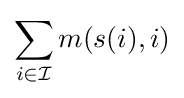
\sum _{i\in {\mathcal {I}}}m(s(i),i)